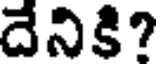
దేనికి?